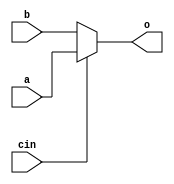
`timescale 1ns / 1ps
//////////////////////////////////////////////////////////////////////////////////
// Company: 
// Engineer: 
// 
// Design Name: 
// Module Name:    beh 
// Project Name: 
// Target Devices: 
// Tool versions: 
// Description: 
//
// Dependencies: 
//
// Revision: 
// Revision 0.01 - File Created
// Additional Comments: 
//
//////////////////////////////////////////////////////////////////////////////////

//design 2 to 1 mux using behaviour description
module beh(
    input a,
    input b,
    input cin,
    output reg o
    );

	 always@(*)
	 begin
		if (cin==1) o<=a;
		else o<=b;
	 end

endmodule